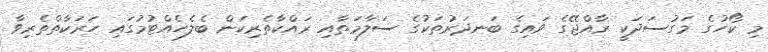
މި ކޯހުގެ މަގުސަދަކީ ރާއްޖޭގެ ވައިގެ ބަނދަރުތަކުގެ ސަލާމަތާއި ރައްކާތެރިކަން ބެލެހެއްޓުމުގައި ހަރަކާތްތެރިވާ